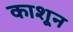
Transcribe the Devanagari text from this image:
काशून